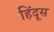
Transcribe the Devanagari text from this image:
हिंदूस